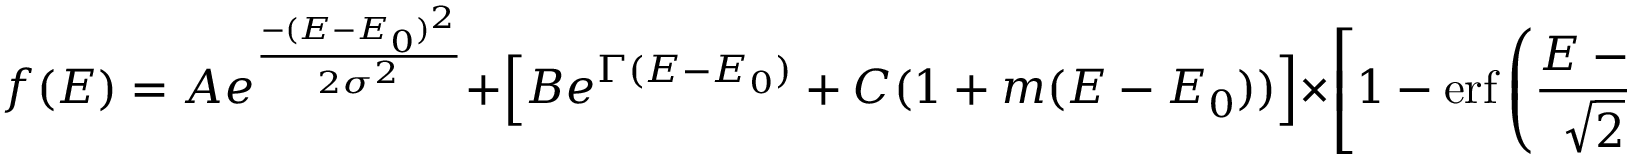
f ( E ) = A e ^ { \frac { - ( E - E _ { 0 } ) ^ { 2 } } { 2 \sigma ^ { 2 } } } + \left[ B e ^ { \Gamma ( E - E _ { 0 } ) } + C ( 1 + m ( E - E _ { 0 } ) ) \right] \times \left[ 1 - \mathrm { e r f } \left( { \frac { E - E _ { 0 } } { \sqrt { 2 } \sigma _ { t } } } \right) \right]